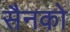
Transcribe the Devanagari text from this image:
सैनको